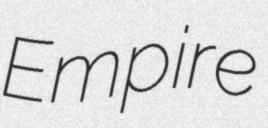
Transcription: Empire